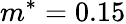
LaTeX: m^{*}=0.15